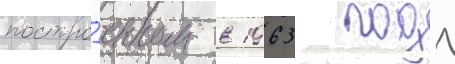
постро́енном в 1963 году